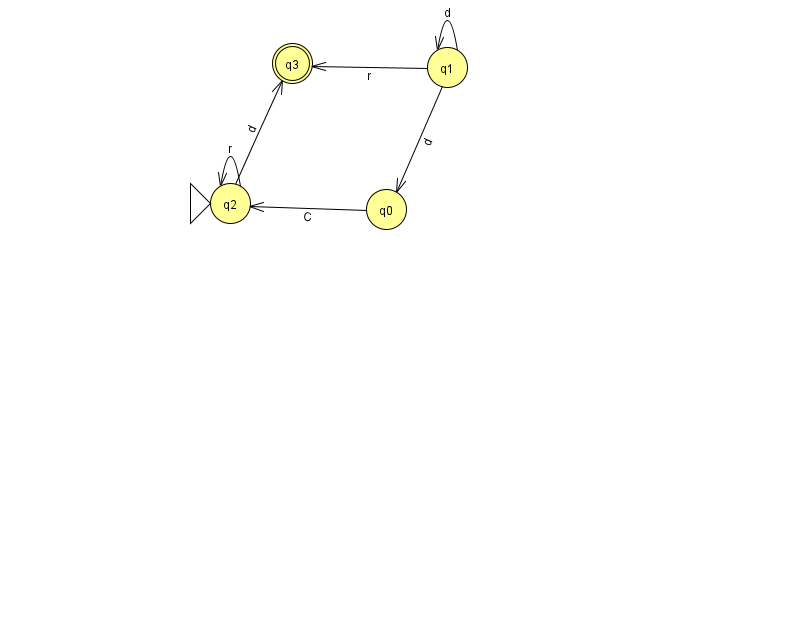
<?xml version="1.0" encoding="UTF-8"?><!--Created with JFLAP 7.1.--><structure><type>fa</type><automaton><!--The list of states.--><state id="0" name="q0"><x>386.0</x><y>196.0</y></state><state id="1" name="q1"><x>447.0</x><y>54.0</y></state><state id="2" name="q2"><x>230.0</x><y>190.0</y><initial/></state><state id="3" name="q3"><x>292.0</x><y>50.0</y><final/></state><!--The list of transitions.--><transition><from>2</from><to>2</to><read>r</read></transition><transition><from>2</from><to>3</to><read>d</read></transition><transition><from>0</from><to>2</to><read>C</read></transition><transition><from>1</from><to>1</to><read>d</read></transition><transition><from>1</from><to>0</to><read>d</read></transition><transition><from>1</from><to>3</to><read>r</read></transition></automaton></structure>